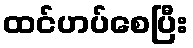
ထင်ဟပ်စေပြီး